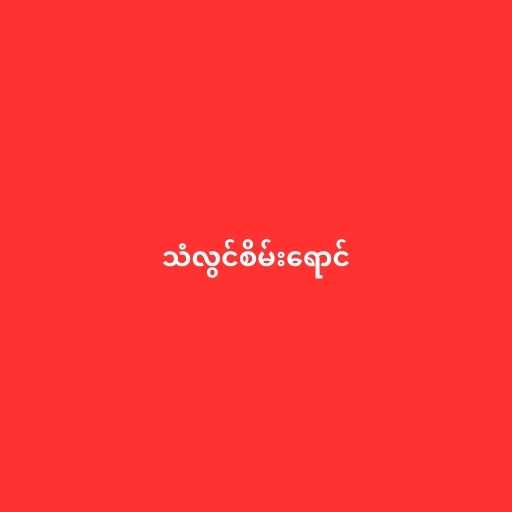
သံလွင်စိမ်းရောင်